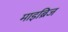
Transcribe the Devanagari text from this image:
माइब्रिज